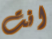
انت